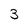
Character: 3